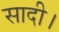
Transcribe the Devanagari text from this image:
सादी।